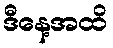
ဒီနေ့အထိ